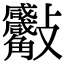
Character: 𧥙